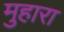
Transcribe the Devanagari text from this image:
मुहारा